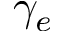
\gamma _ { e }